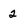
Character: 2